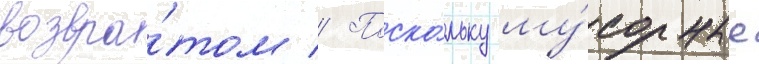
возвра́том // Поско́льку му́сорные